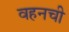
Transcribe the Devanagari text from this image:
वहनची